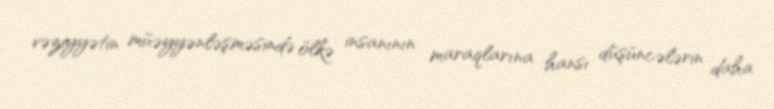
vəziyyətin müəyyənləşməsində ölkə insanının maraqlarına hansı düşüncələrin daha